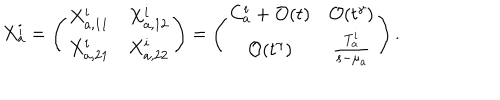
X _ { a } ^ { i } = \left( \begin{array} { c c } { { X _ { a , 1 1 } ^ { i } } } & { { X _ { a , 1 2 } ^ { i } \nonumber } } \\ { { X _ { a , 2 1 } ^ { i } } } & { { X _ { a , 2 2 } ^ { i } } } \\ \end{array} \right) = \left( \begin{array} { c c } { { C _ { a } ^ { i } + { { \cal O } ( t ) } } } & { { { { \cal O } ( t ^ { \gamma } ) } \nonumber } } \\ { { { { \cal O } ( t ^ { \gamma } ) } } } & { { { \frac { T _ { a } ^ { i } } { s - \mu _ { a } } } } } \\ \end{array} \right) .